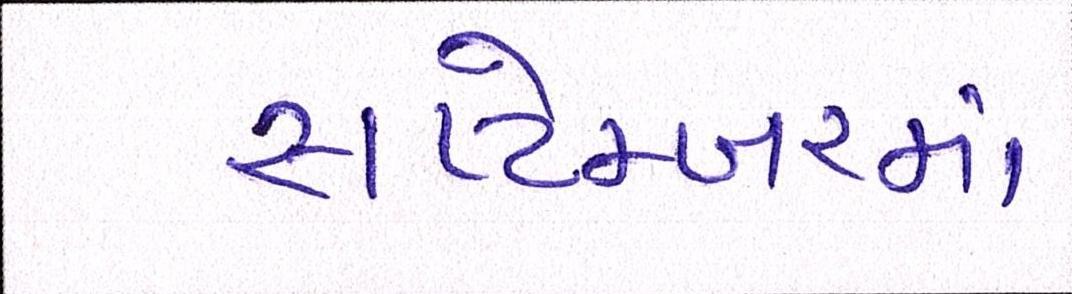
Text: સપ્ટેમ્બરમાં